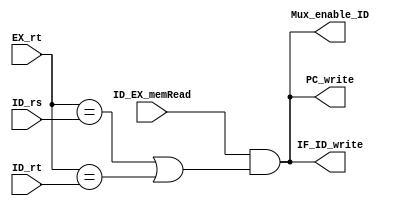

module hazard_detection_unit(
    input ID_EX_memRead,
    input [4:0] EX_rt, ID_rs, ID_rt,

    output IF_ID_write, PC_write, Mux_enable_ID
    );
    assign IF_ID_write = (ID_EX_memRead & ((EX_rt == ID_rs) | (EX_rt==ID_rt)) );
    assign PC_write = (ID_EX_memRead & ((EX_rt==ID_rs) | (EX_rt==ID_rt)) );
    assign Mux_enable_ID = (ID_EX_memRead & ((EX_rt==ID_rs) | (EX_rt==ID_rt)) );
endmodule